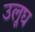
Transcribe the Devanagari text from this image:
उलूघ